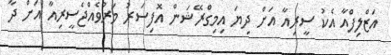
އަޒްލިފްއާ އެކު ސީރިއާ އަށް ދިޔަ އިމިގްރޭޝަން އޮފިސަރު މަރުވެއްޖެސީރިއާ އަށް ދާ